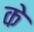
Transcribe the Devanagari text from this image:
के